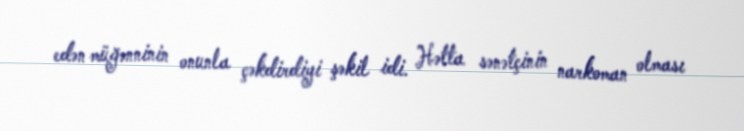
edən müğənninin onunla çəkdirdiyi şəkil idi. Hətta sənətçinin narkoman olması